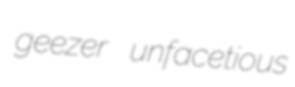
geezer unfacetious